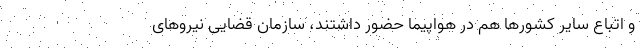
و اتباع سایر کشورها هم در هواپیما حضور داشتند، سازمان قضایی نیروهای